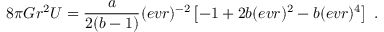
8 \pi G r ^ { 2 } U = { \frac { { a } } { 2 ( { { b } } - 1 ) } } ( e v r ) ^ { - 2 } \left[ - 1 + 2 { { b } } ( e v r ) ^ { 2 } - { { b } } ( e v r ) ^ { 4 } \right] \ .